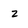
Character: 2